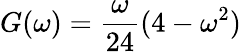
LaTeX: G(\omega)=\frac{\omega}{24}(4-\omega^{2})